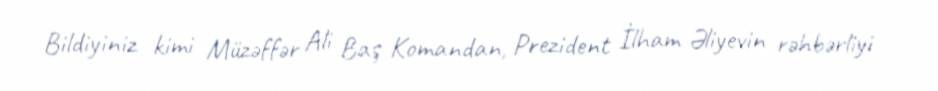
Bildiyiniz kimi Müzəffər Ali Baş Komandan, Prezident İlham Əliyevin rəhbərliyi